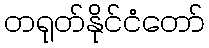
တရုတ်နိုင်ငံတော်